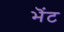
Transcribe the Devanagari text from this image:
भॆंट